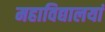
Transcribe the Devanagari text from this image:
महाविद्यालयां